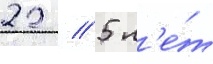
22 / 5 л'е́т